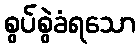
စွပ်စွဲခံရသော